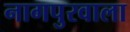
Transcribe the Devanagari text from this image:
नागपुरवाला